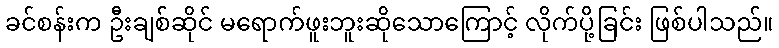
ခင်စန်းက ဦးချစ်ဆိုင် မရောက်ဖူးဘူးဆိုသောကြောင့် လိုက်ပို့ခြင်း ဖြစ်ပါသည်။